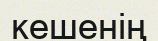
кешенің